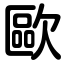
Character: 歐